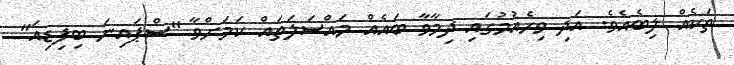
ތަކެއް ލިބެއެވެ. އަދި ވިހެއުމުގައި ދިމާވާ ބަައެއް މައްސަލަތައް ކަމަށްވާ "ސްޕައިނަ ބިފިޑިއަ"